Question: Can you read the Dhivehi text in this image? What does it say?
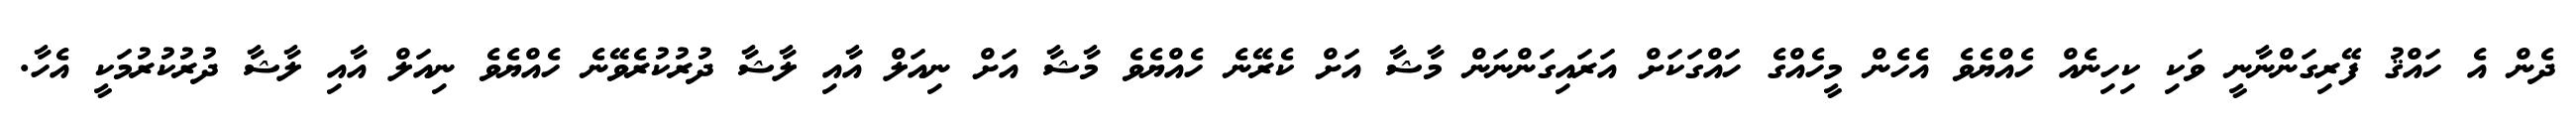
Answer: ދެން އެ ހައްޤު ފޭރިގަންނާނީ ވަކި ކިހިނެއް ހެއްޔެވެ އެހެން މީހެއްގެ ހައްގަކަށް އަރައިގަންނަން މާޝާ އަށް ކެރޭނެ ހެއްޔެވެ މާޝާ އަށް ނިއަލް އާއި ލާޝާ ދުރުކުރެވޭނެ ހެއްޔެވެ ނިއަލް އާއި ލާޝާ ދުރުކުރުމަކީ އެހާ.